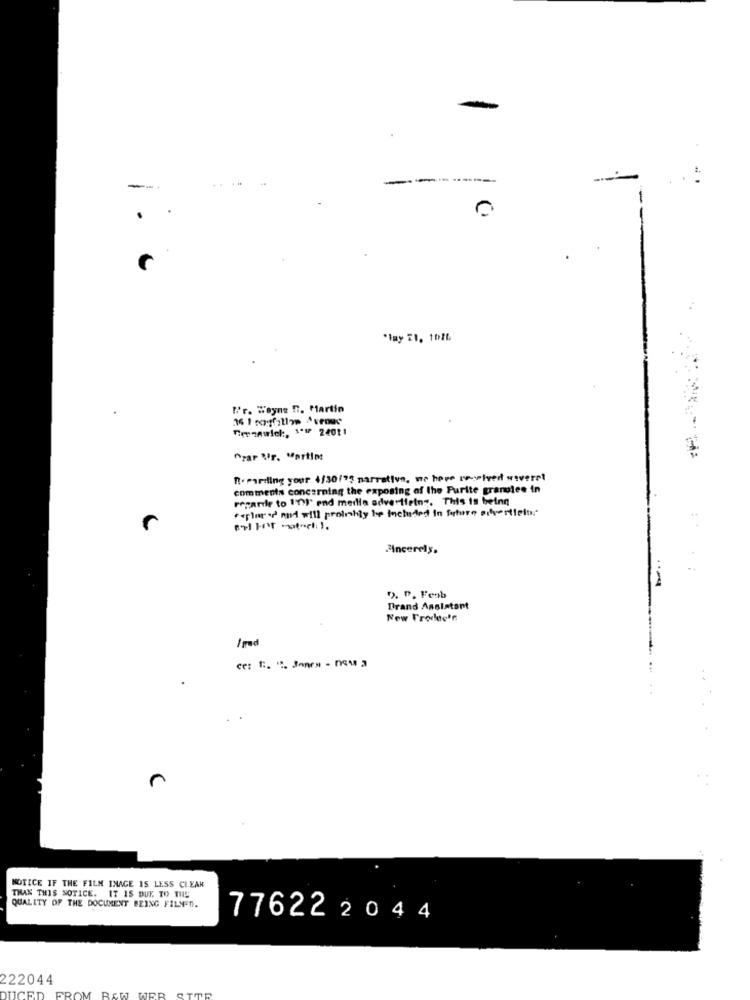
-
-
..
0
"May II. 10ML
Por. Wayne n. Martin
Frezewlel :, 1*# 24011
"zar Ur. Martins
R. parding your 4/30/73 narrativo, we here we-wiver sivere!
comments concerning the exposing of the Purite granolee in
regarde to 1'71' end media advertietny. This is being
" epler sd' midi will proinhly be Inchided in forture advertiein."
Ancerely.
"). p. Feab
Brand Assistant
New Trodde'n
NOTICE IF THE FILM INAGE 15 LESS CLEAN
THAN THIS NOTICE. IT IS DUE TO THE
QUALITY OF THE DOCUMENT BEING FILM'D.
776222044
222044
OM
URB
DUCED